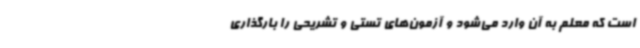
است که معلم به آن وارد می‌شود و آزمون‌های تستی و تشریحی را بارگذاری